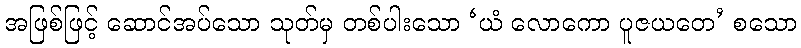
အဖြစ်ဖြင့် ဆောင်အပ်သော သုတ်မှ တစ်ပါးသော ‘ယံ လောကော ပူဇယတေ’ စသော